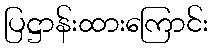
ပြဋ္ဌာန်းထားကြောင်း